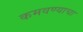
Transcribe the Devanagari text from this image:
कमवण्याचा